Annual statistical returns and brief notes on vaccination in Bengal - 1887-1898
Year: 1887
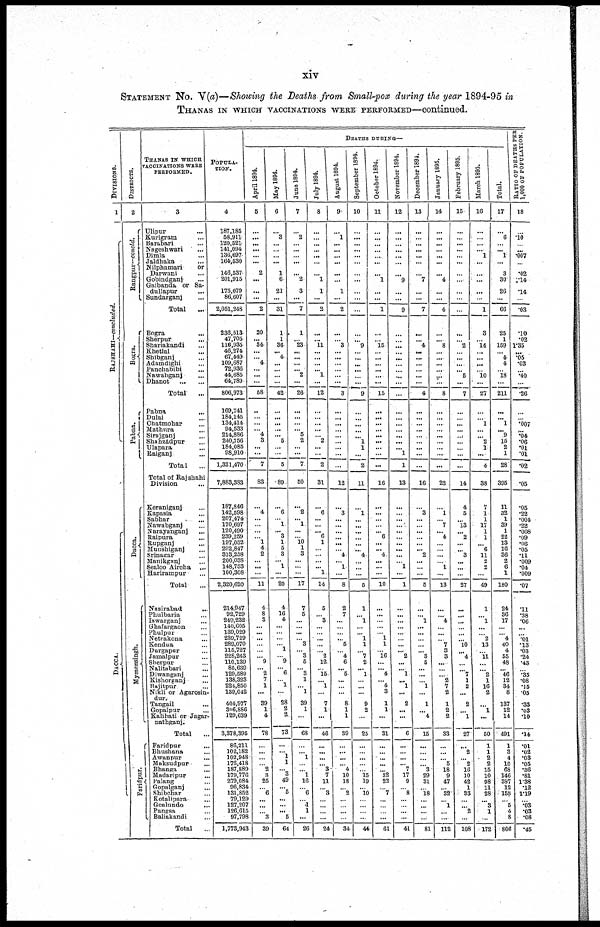
xiv
STATEMENT No. V(a)—Showing the Deaths from Small-pox during the year 1894-95 in
THANAS IN WHICH VACCINATIONS WERE PERFORMED—continued.
DIVISIONS.
1
RAJSHAHI—concluded.
DACCA.
DISTRICTS.
2
Rangpur— concld.
Bogra.
Pabna.
Dacca.
Mymensingh.
Faridpur.
THANAS IN WHICH
VACCINATIONS WERE
PERFORMED.
3
Ulipur ...
Kurigram ...
Barabari ...
Nageshwari ...
Dimla ...
Jaldhaka ...
Nilphamari
or
Darwani ...
Gobindganj ...
Gaibanda or Sa-
dullapur ...
Sundarganj ...
Total ...
Bogra
...
Sherpur ...
Shariakandi ...
Khetlal ...
Shibganj ...
Adamdighi ...
Panchabibi ...
Nawabganj ...
Dhanot
...
...
Total ...
Pabna
...
Dalai ...
Chatmohar ...
Mathura ...
Sirajganj ...
Shahzádpur ...
Ulapara ...
Raiganj ...
Total ...
Total of Rajshahi
Division
...
Keraniganj ...
Kapasia ...
Sabhar ...
Nawabganj ...
Narayanganj ...
Raipura ...
Rupganj ...
Munshiganj ...
Srinagar ...
Manikganj ...
Sealoo Aircha
...
Harirampur ...
Total ...
Nasirabad
...
Phulbaria ...
Iswarganj ...
Ghafargaon ...
Phulpur ...
Netrakona ...
Kendua ...
Durgapar ...
Jamalpur ...
Sherpur ...
Nalitabari ...
Diwanganj ...
Kishorganj
...
Bajitpur ...
Nikli or Agarosin-
dur.
Tangail ...
Gopalpur ...
Kahhati or Jagar-
nathganj.
Total ...
Faridpur ...
Bhushana ...
Awanpur ...
Maksudpur ...
Bhanga ...
Madaripur ...
Palang ...
Gopalganj ...
Shibchar ...
Kotalipara ...
Goalundo
...
Pangsa ...
Baliakandi ...
Total
...
POPULA.
TION.
4
187,185
58,911
120,521
141,094
136,697
164,530
146,537
201,915
175,079
86,607
2,051,248
236,513
47,705
116,935
46,274
67,419
109,687
72,936
44,685
64,789
806,973
169,741
184,145
134,414
94,533
214,886
240,756
184,085
98,910
1,321,470
7,883,383
187,846
142,598
207,474
170,697
120,490
239,259
197,052
292,847
313,258
200,038
148,753
100,308
2,320,620
214,947
92,729
249,232
140,605
139,029
239,729
289,070
115,727
228,243
110,139
85,639
129,589
138,323
224,850
139,042
404,977
306,886
129,639
3,378,395
86,211
102,182
102,948
176,418
187,889
179,776
279,084
96,834
131,852
79,129
127,207
126,615
97,798
1,773,943
DEATHS DURING—
April 1894.
5
...
...
...
...
...
...
2
...
...
...
2
20
... 34
...
...
4
...
...
...
58
...
...
...
...
4
3
...
...
7
83
...
4
...
...
...
... 1
4
2
...
...
...
11
4
8
3
...
...
...
...
...
... 9
... 2
7
1
...
39
1
4
78
...
...
...
...
2
3
25
...
6
...
...
...
3
39
May 1894.
6
...
3
...
...
...
...
1
6
21
...
31
1
1
36
... 4
...
...
...
...
42
...
...
...
...
... 5
...
...
5
89
...
6
...
1
... 3
1
5
3
...
1
...
20
4
16
4
...
...
...
...
1
...
9
... 6
...
1
...
28
2
2
73
...
... 1
1
...
3
49
...
5
...
...
... 5
64
June 1894.
7
...
2
...
...
...
...
...
2
3
...
7
1
... 23
...
...
...
... 2
...
26
...
...
...
... 5
2
...
...
7
50
...
2
... 1
...
...
10 1
3
...
...
...
17
7
5
...
...
...
...
3
... 3
5
... 3
1
...
1
39
1
...
68
...
... 1
...
... 1
16
...
6
... 1
1
...
26
July 1894.
8
...
...
...
...
...
...
...
1
1
...
2
...
... 11
...
...
...
... 1
...
12
...
...
...
...
...
2
...
...
2
31
...
6
...
...
... 6
1
...
...
...
... 1
14
5
... 3
...
...
...
...
... 2
12
...
15
... 1
...
7
1
...
46
...
...
...
...
3
7
11
... 3
...
...
...
...
24
August 1894.
9
...
1
...
...
...
...
...
...
1
...
2
...
... 3
...
...
...
...
...
...
3
...
...
...
...
...
...
...
...
...
12
...
3
...
...
...
...
...
...
4
...
1
...
8
2
7
...
...
...
... 5
...
4
6
... 5
...
...
...
8
1
1
39
...
...
...
... 4
10
18
... 2
...
...
...
...
34
September 1894.
10
...
...
...
...
...
...
...
...
...
...
...
...
... 9
...
...
...
...
...
...
9
...
...
...
...
... 1
1
...
2
11
...
1
...
...
...
...
...
... 4
...
...
...
5
1
... 1
...
... 1
1
...
7
2
... 1
...
...
...
9
2
...
25
...
...
...
...
...
15
19
... 10
...
...
...
...
44
October 1894.
11
...
...
...
...
...
...
...
1
...
...
1
...
... 15
...
...
...
...
...
...
15
...
...
...
...
...
...
...
...
...
16
...
...
...
...
... 6
...
... 4
...
...
...
10
...
...
...
...
...
1
1
...
16
...
...
4
... 4
3
1
1
...
31
...
...
...
...
...
32
22
...
7
...
...
...
...
61
November 1894.
12
...
...
...
...
...
...
...
9
...
...
9
...
...
...
...
...
...
...
...
...
...
...
...
...
...
...
...
... 1
1
13
...
...
...
...
...
...
...
...
...
...
1
...
1
...
...
...
...
...
...
...
... 2
...
... 1
... 1
...
2
...
...
6
...
...
...
... 7
17
9
...
8
...
...
... ...
41
December 1891.
13
...
...
...
...
...
...
...
7
...
...
7
...
... 4
...
...
...
...
...
...
4
...
...
...
...
...
...
...
...
...
16
...
3
...
...
...
...
...
... 2
...
...
...
5
...
... 1
...
...
...
...
... 3
5
...
...
...
1
...
1
... 4
15
...
...
...
...
3
29
31
... 18
...
...
...
...
81
January 1895.
14
...
...
...
...
...
...
...
4
...
...
4
...
... 8
...
...
...
...
...
...
8
...
...
...
...
...
...
...
...
...
22
...
1
...
7
... 4
...
...
...
...
1
...
13
...
...
4
...
...
...
7
3
3
...
...
...
2
7
2
1
2
2
33
...
...
...
5
18
9
47
... 32
... 1
...
...
112
February 1895.
15
...
...
...
...
...
...
...
...
...
...
...
...
...
2
...
...
...
... 5
...
7
...
...
...
...
...
...
...
...
...
14
4
5
... 13
... 2
...
... 3
...
...
...
27
...
...
...
...
... ...
10
...
4
...
...
7
1
2
...
2
...
1
27
...
2
... 2
16
10
42
1
33
...
...
2
...
108
March 1895.
16
...
...
...
... 1
...
...
...
...
...
1
3
...
14
...
...
...
...
10
...
27
...
...
1
...
...
2
1
...
4
38
7
1
1
17
1
1
... 6
11
2
2
...
49
1
...
1
...
...
2
13
...
11
...
...
2
1
16
2
...
1
...
50
1
1
2
2
15
10
98
11
28
...
3
1
...
172
Total.
17
...
6
...
... 1
...
3
30
26
...
66
25
1
159
...
4
4
...
18
...
211
...
... 1
... 9
15
2
1
28
395
11
32
1
39
1
22
13
16
36
2
6
1
180
24
36
17
...
...
4
40
4
55
48
...
46
12
34
8
137
12
14
491
1
3
4
10
68
146
387
12
158
...
5
4
8
806
RATIO OF DEATHS PER
1,000 OF POPULATION.
18
...
.10
...
...
.007
...
.02
.14
.14
...
.03
.10
.02
1.35
... .05
.03
...
.40
...
.26
...
...
.007
...
.04
.06
.01
.01
.02
.05
.05
.22
.004
.22
.008
.09
.06
.05
.11
.009
.04
.009
.07
.11
.38
.06
...
...
.01
.13
.03
.24
.43
...
.35
.08
.15
.05
.33
.03
.10
.14
.01
.02
.03
.05
.36
.81
1.38
.12
1.19
...
.03
.03
.08
.45